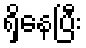
ရှိနေပြီး